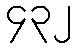
၄၃၂